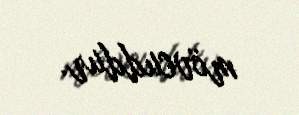
mövcuddur.